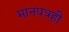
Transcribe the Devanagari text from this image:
मानपत्रही